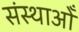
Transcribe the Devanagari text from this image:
संस्थाओँ